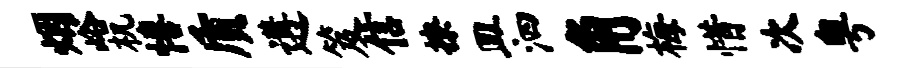
烟峪机僖质遘笈信撩皿泗角梅惜次粤